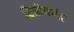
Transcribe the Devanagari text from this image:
द्वितीयचंद्र